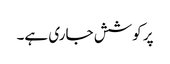
پر کوشش جاری ہے۔